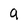
Character: a